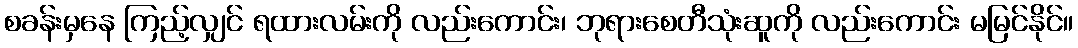
စခန်းမှနေ ကြည့်လျှင် ရထားလမ်းကို လည်းကောင်း၊ ဘုရားစေတီသုံးဆူကို လည်းကောင်း မမြင်နိုင်။